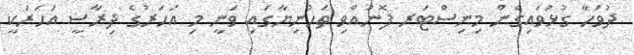
ދުވަހާ ގުޅުވައިގެން މިނިސްޓަރ ފޮނުއްވި ތަހުނިޔާގައި ވަނީ މި އަހަރުގެ ދިރާސީ އަހަރަކީ